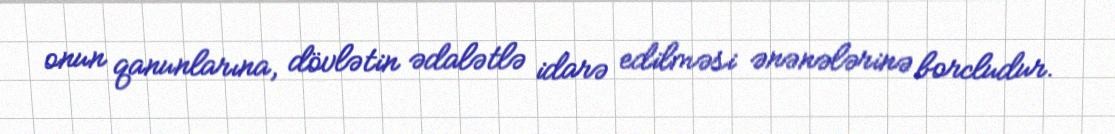
onun qanunlarına, dövlətin ədalətlə idarə edilməsi ənənələrinə borcludur.